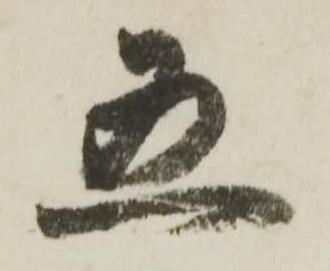
五